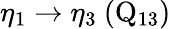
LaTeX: \eta_{1}\rightarrow\eta_{3}~(\mathrm{Q_{13}})